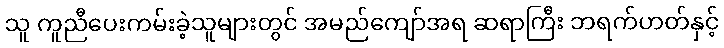
သူ ကူညီပေးကမ်းခဲ့သူများတွင် အမည်ကျော်အရ ဆရာကြီး ဘရက်ဟတ်နှင့်